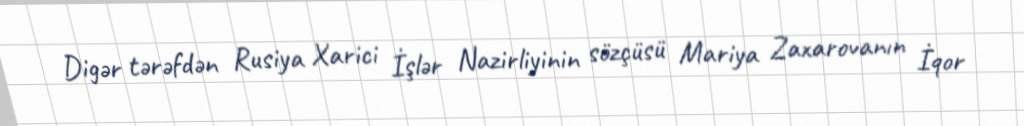
Digər tərəfdən Rusiya Xarici İşlər Nazirliyinin sözçüsü Mariya Zaxarovanın İqor